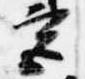
宮